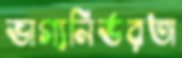
ভাগ্যনির্ভরতা